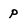
Character: p